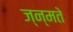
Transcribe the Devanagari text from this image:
ज्न्मते